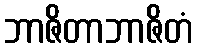
ဘာဇိတာဘာဇိတံ